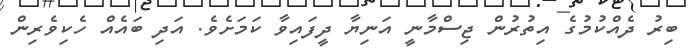
ބިރު ދެއްކުމުގެ އިތުރުން ޖިސްމާނީ އަނިޔާ ދީފައިވާ ކަމަށެވެ. އަދި ބައެއް ހެކިވެރިން